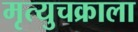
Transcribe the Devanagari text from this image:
मृत्युचक्राला